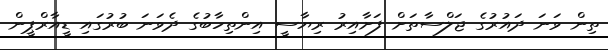
ތިން ވަނަ ދައުރުގެ ޖަލްސާތަށް ފަށާއިރު ރިޔާސީ އިންތިހާބުގެ ދެވަނަ ބުރުގައި ޑީއާރްޕީން